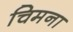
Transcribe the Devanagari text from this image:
चिमना